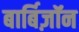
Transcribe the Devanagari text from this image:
बार्बिज़ॉन